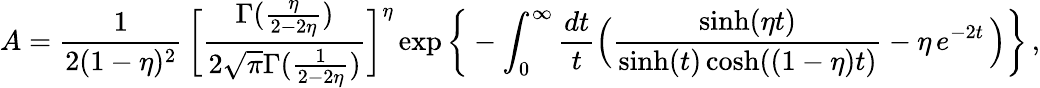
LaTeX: {A}=\frac{1}{2(1-\eta)^{2}}\, \bigg[\frac{\Gamma(\frac{\eta}{2-2\eta})}{2\sqrt{\pi}\Gamma(\frac{1}{2-2\eta})}\bigg]^{\eta}\exp\bigg\{ -\int_{0}^{\infty}\frac{dt}{t}\Big(\frac{\sinh(\eta t)}{\sinh(t)\cosh((1-\eta)t)}-{\eta}\, e^{-2t}\, \Big)\bigg\} \, ,